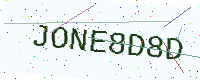
Text: JONE8D8D